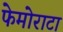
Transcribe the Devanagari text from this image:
फेमोराटा